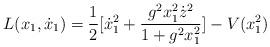
LaTeX: \begin{align*}L(x_1, \dot x_1) = \frac{1}{2} [\dot x_1^2 + \frac{g^2x_1^2\dot z^2}{1+g^2x_1^2}] - V(x_1^2) \end{align*}